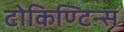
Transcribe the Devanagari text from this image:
टोकिण्टिन्स